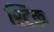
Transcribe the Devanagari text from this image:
श्टिक